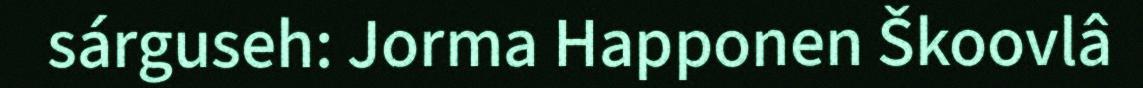
sárguseh: Jorma Happonen Škoovlâ